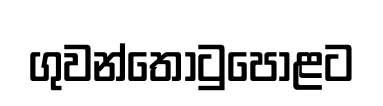
ගුවන්තොටුපොළට